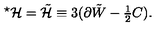
{ } ^ { \star } { \cal H } = \tilde { \cal H } \equiv 3 ( \partial \tilde { W } - { \textstyle \frac { 1 } { 2 } } C ) .